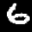
Label: 6